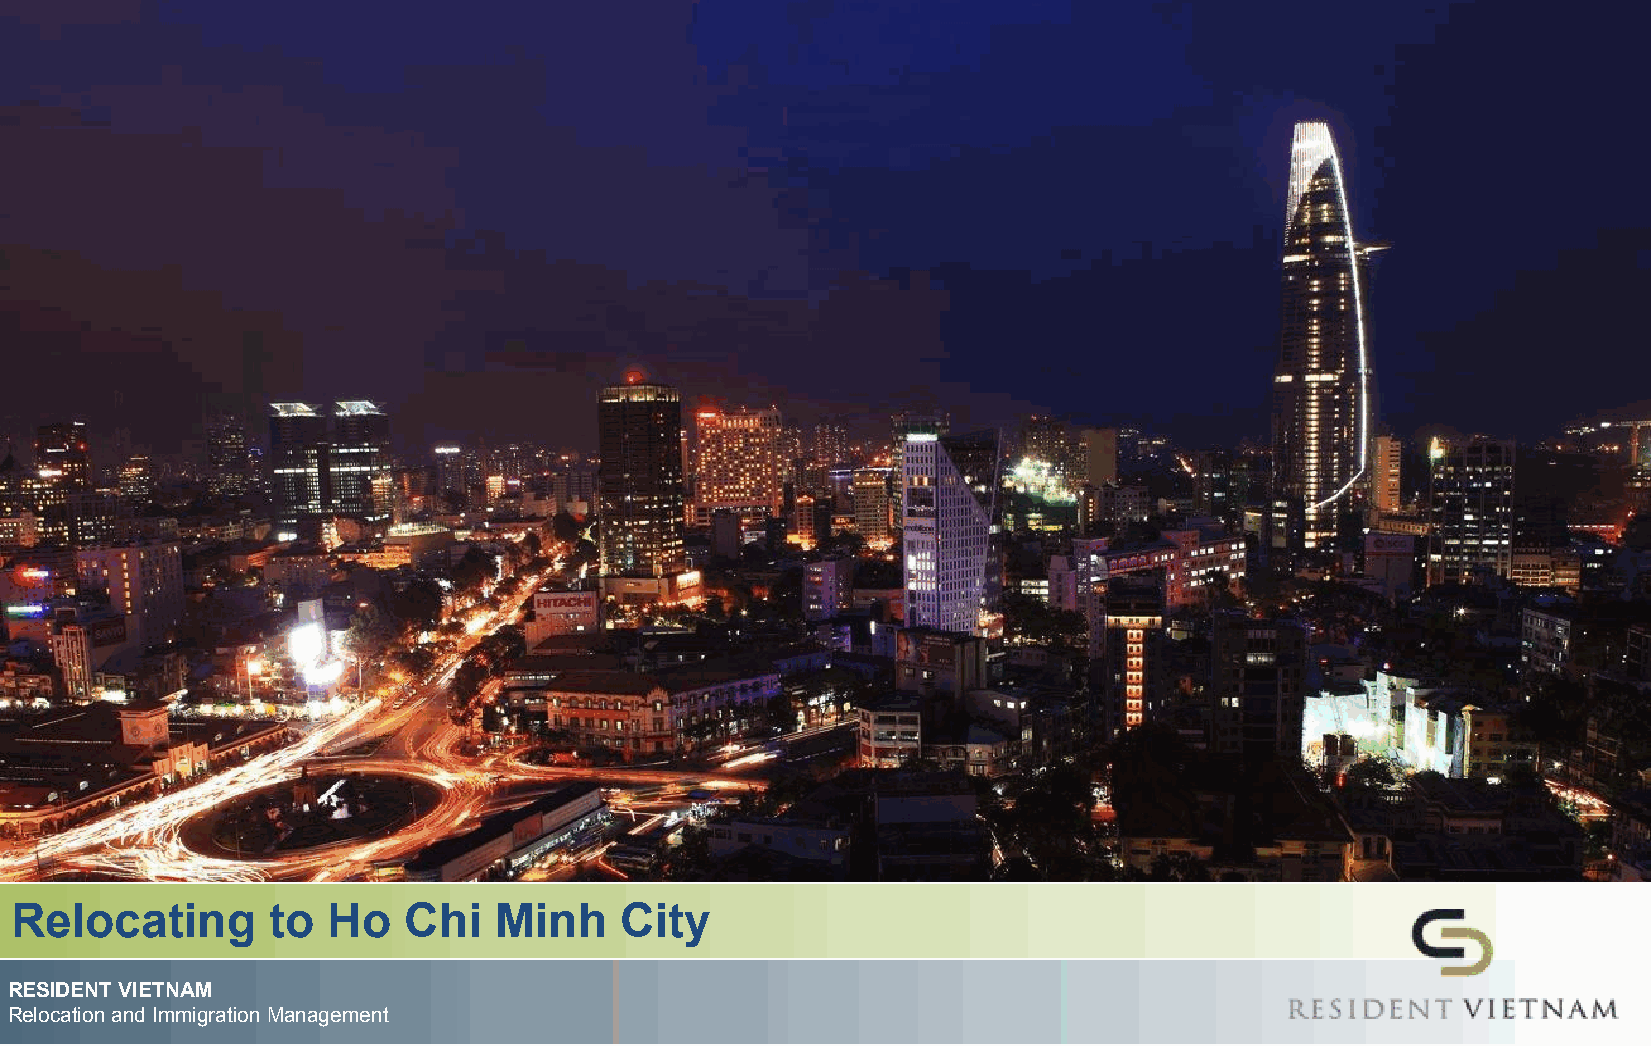
Relocating       to  Ho   Chi   Minh    City
 RESIDENT VIETNAM
 Relocation and Immigration Management